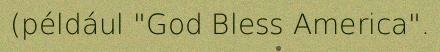
(például "God Bless America".